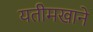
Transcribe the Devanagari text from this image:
यतीमखाने